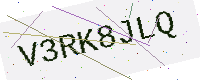
Text: V3RK8JLQ